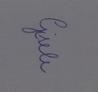
Signature authenticity: genuine